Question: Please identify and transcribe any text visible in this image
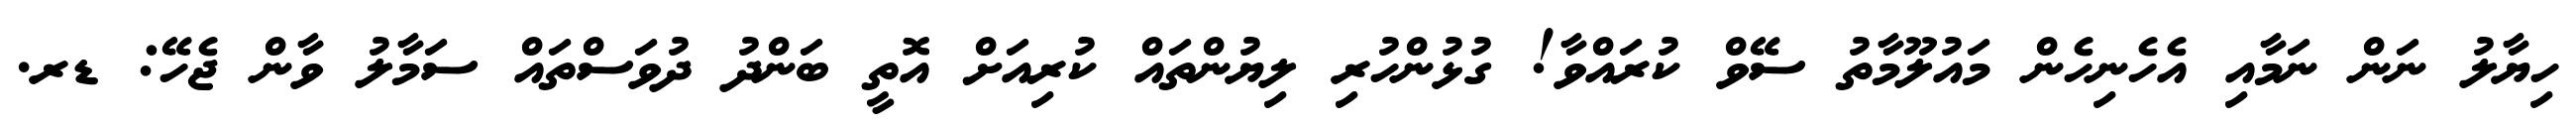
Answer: ހިޔާލު ނަން ނަމާއި އެހެނިހެން މައުލޫމާތު ސޭވް ކުރައްވާ! ގުޅުންހުރި ލިޔުންތައް ކުރިއަށް އޮތީ ބަންދު ދުވަސްތައް ސަމާލު ވާން ޖެހޭ: ޑރ.